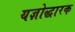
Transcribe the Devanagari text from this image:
यज्ञोद्धारक